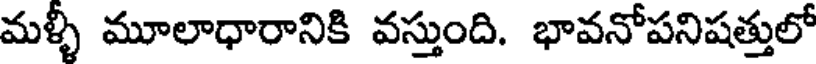
మళ్ళీ మూలాధారానికి వస్తుంది. భావనోపనిషత్తులో